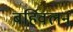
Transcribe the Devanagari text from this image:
बर्हिवलन